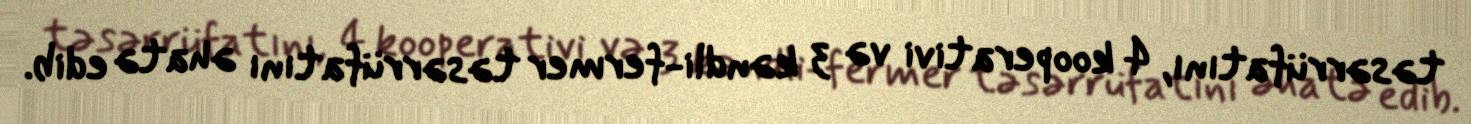
təsərrüfatını, 4 kooperativi və 3 kəndli-fermer təsərrüfatını əhatə edib.